Indian journal of veterinary science and animal husbandry - Volume 2,
Year: 1932
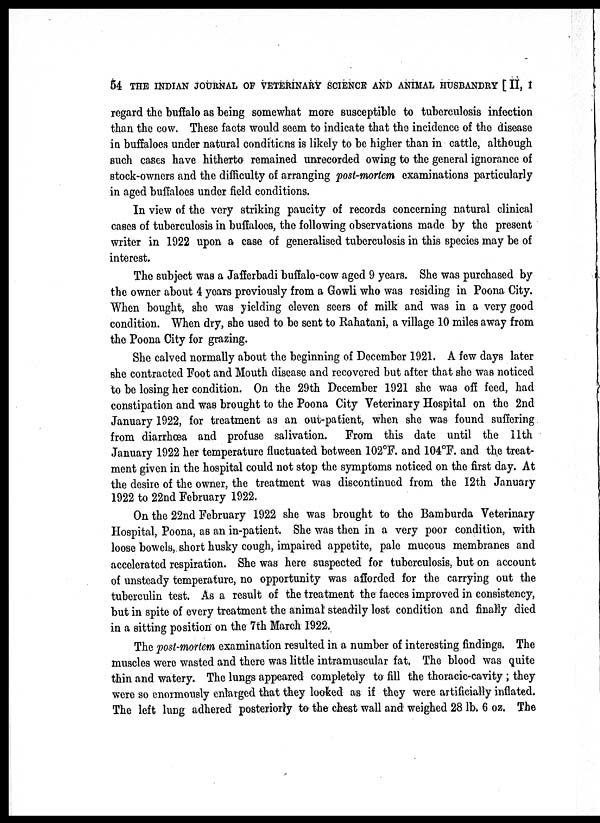
54 THE INDIAN JOURNAL OF VETERINARY SCIENCE AND ANIMAL HUSBANDRY [ II, I
regard the buffalo as being somewhat more susceptible to tuberculosis infection
than the cow. These facts would seem to indicate that the incidence of the disease
in buffaloes under natural conditions is likely to be higher than in cattle, although
such cases have hitherto remained unrecorded owing to the general ignorance of
stock-owners and the difficulty of arranging post-mortem examinations particularly
in aged buffaloes under field conditions.
In view of the very striking paucity of records concerning natural clinical
cases of tuberculosis in buffaloes, the following observations made by the present
writer in 1922 upon a case of generalised tuberculosis in this species may be of
interest.
The subject was a Jafferbadi buffalo-cow aged 9 years. She was purchased by
the owner about 4 years previously from a Gowli who was residing in Poona City.
When bought, she was yielding eleven seers of milk and was in a very good
condition. When dry, she used to be sent to Rahatani, a village 10 miles away from
the Poona City for grazing.
She calved normally about the beginning of December 1921. A few days later
she contracted Foot and Mouth disease and recovered but after that she was noticed
to be losing her condition. On the 29th December 1921 she was off feed, had
constipation and was brought to the Poona City Veterinary Hospital on the 2nd
January 1922, for treatment as an out-patient, when she was found suffering
from diarrhœa and profuse salivation. From this date until the 11th
January 1922 her temperature fluctuated between 102°F. and 104°F. and the treat-
ment given in the hospital could not stop the symptoms noticed on the first day. At
the desire of the owner, the treatment was discontinued from the 12th January
1922 to 22nd February 1922.
On the 22nd February 1922 she was brought to the Bamburda Veterinary
Hospital, Poona, as an in-patient. She was then in a very poor condition, with
loose bowels, short husky cough, impaired appetite, pale mucous membranes and
accelerated respiration. She was here suspected for tuberculosis, but on account
of unsteady temperature, no opportunity was afforded for the carrying out the
tuberculin test. As a result of the treatment the faeces improved in consistency,
but in spite of every treatment the animal steadily lost condition and finally died
in a sitting position on the 7th March 1922.
The post-mortem examination resulted in a number of interesting findings. The
muscles were wasted and there was little intramuscular fat, The blood was quite
thin and watery. The lungs appeared completely to fill the thoracic-cavity ; they
were so enormously enlarged that they looked as if they were artificially inflated.
The left lung adhered posteriorly to the chest wall and weighed 28 lb. 6 oz. The